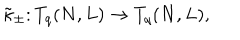
\tilde { \kappa } _ { \pm } \colon T _ { q } ( N , L ) \rightarrow T _ { q } ( N , L ) ,